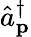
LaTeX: {\hat{a}}_{\mathbf{p}}^{\dagger}